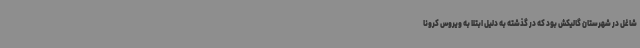
شاغل در شهرستان گالیکش بود که در گذشته به دلیل ابتلا به ویروس کرونا